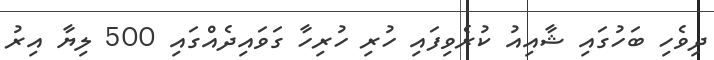
ދިވެހި ބަހުގައި ޝާއިއު ކުރެވިފައި ހުރި ހުރިހާ ގަވައިދެއްގައި 500 ލިޔާ އިރު